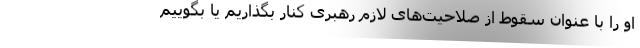
او را با عنوان سقوط از صلاحیت‌های لازم رهبری کنار بگذاریم یا بگوییم